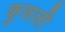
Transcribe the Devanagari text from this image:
कुसली